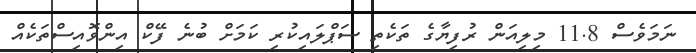
ނަމަވެސް 11.8 މިލިއަން ރުފިޔާގެ ތަކެތި ސަޕްލައިކުރި ކަމަށް ބުނެ ފޭކް އިންވޮއިސްތަކެއް